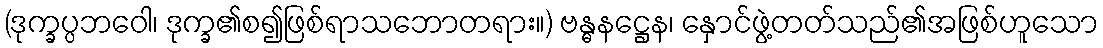
(ဒုက္ခပ္ပဘဝေါ၊ ဒုက္ခ၏စ၍ဖြစ်ရာသဘောတရား။) ဗန္ဓနဋ္ဌေန၊ နှောင်ဖွဲ့တတ်သည်၏အဖြစ်ဟူသော